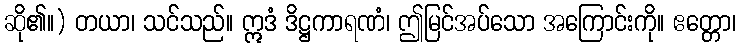
ဆို၏။) တယာ၊ သင်သည်။ ဣဒံ ဒိဋ္ဌကာရဏံ၊ ဤမြင်အပ်သော အကြောင်းကို။ ဧတ္တော၊